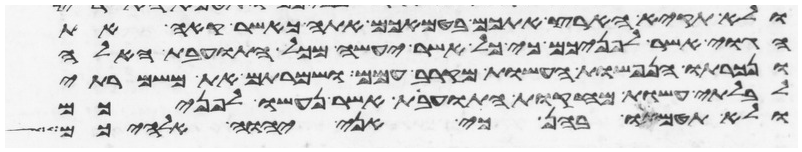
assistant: ולא תקיא הארץ אתכם בטמאכם אתה כאשר קאה את
הגוי אשר לפניכם כי כל אשר יעשה מכל התועבות האלה
ונכרתו הנפשות העשות מקרב עמם ושמרתם את משמרתי
לבלתי עשות מחקות התועבות אשר נעשו לפניכם
ולא תטמאו בהן כי אני יהוה אלהיכם